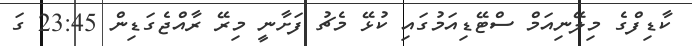
ކާޑިފްގެ މިލޭނިއަމް ސްޓޭޑިއަމުގައި ކުޅޭ މެޗު ފަށާނީ މިރޭ ރާއްޖެގަޑިން 23:45 ގަ